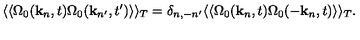
\langle \langle \Omega _ { 0 } ( { \bf k } _ { n } , t ) \Omega _ { 0 } ( { \bf k } _ { n ^ { \prime } } , t ^ { \prime } ) \rangle \rangle _ { T } = \delta _ { n , - n ^ { \prime } } \langle \langle \Omega _ { 0 } ( { \bf k } _ { n } , t ) \Omega _ { 0 } ( - { \bf k } _ { n } , t ) \rangle \rangle _ { T } .